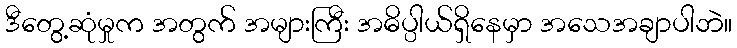
ဒီတွေ့ဆုံမှုက အတွက် အများကြီး အဓိပ္ပါယ်ရှိနေမှာ အသေအချာပါဘဲ။